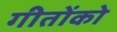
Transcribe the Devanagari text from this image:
गीतोंको